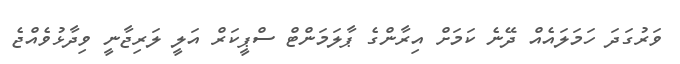
ވަރުގަދަ ހަމަލައެއް ދޭނެ ކަމަށް އިރާންގެ ޕާލަމަންޓް ސްޕީކަރް އަލީ ލަރިޖާނީ ވިދާޅުވެއްޖެ